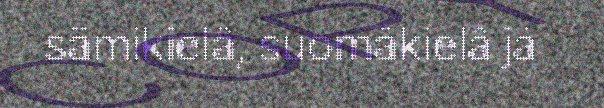
sämikielâ, suomâkielâ já